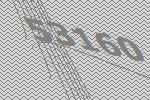
53160